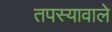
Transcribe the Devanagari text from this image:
तपस्यावाले